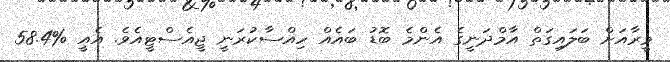
މީރާއަށް ބަލައިގަތް އާމްދަނީގެ އެންމެ ބޮޑު ބައެއް ހިއްސާކުރަނީ ޖީއެސްޓީއެވެ. އެއީ %58.4